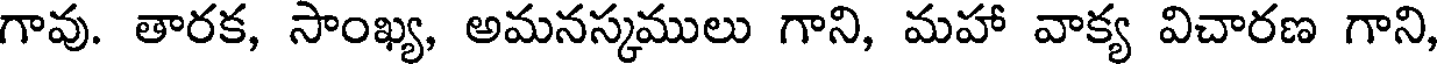
గావు. తారక, సాంఖ్య, అమనస్కములు గాని, మహా వాక్య విచారణ గాని,